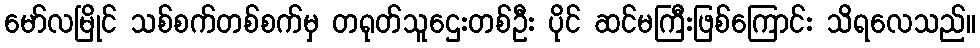
မော်လမြိုင် သစ်စက်တစ်စက်မှ တရုတ်သူဌေးတစ်ဦး ပိုင် ဆင်မကြီးဖြစ်ကြောင်း သိရလေသည်။